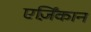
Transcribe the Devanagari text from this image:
एर्ज़िंकान